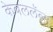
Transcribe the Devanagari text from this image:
केबललॅब्स्